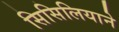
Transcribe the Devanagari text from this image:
सिसिलियाने